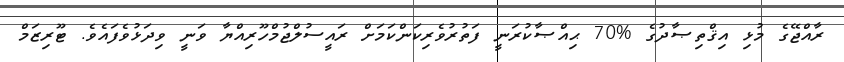
ރާއްޖޭގެ މުޅި އިޤްތިޞާދުގެ %70 ޙިއްޞާކުރަނީ ފަތުރުވެރިކަންކަމަށް ރައީސުލްޖުމްހޫރިއްޔާ ވަނީ ވިދަޅުވެފައެވެ. ޓޫރިޒަމް